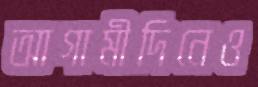
আগামীদিনেও